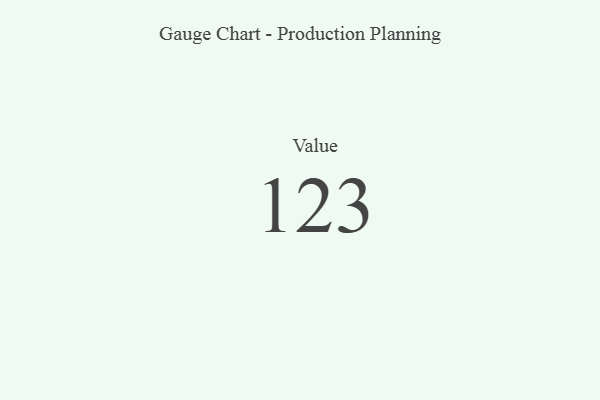
{"axis": {"x": "Metric", "y": "Value"}, "legend": [""], "data": [{"x": "Value", "y": 123, "type": ""}]}